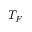
T _ { F }